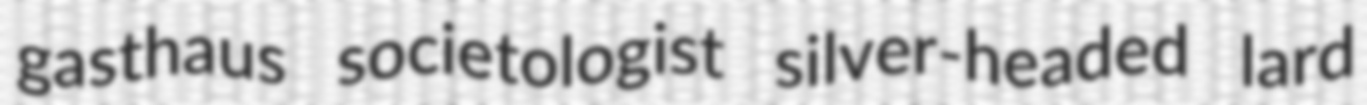
gasthaus societologist silver-headed lard